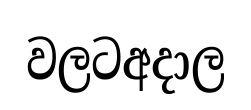
වලටඅදාල